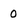
Character: 0